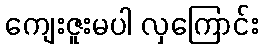
ကျေးဇူးမပါ လှကြောင်း